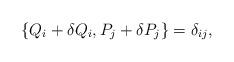
LaTeX: \begin{align*}\{Q_i+\delta Q_i ,P_j+\delta P_j\}=\delta_{ij},\end{align*}